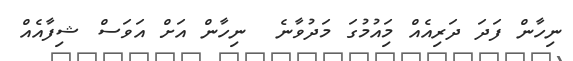
ނިހާން ފަދަ ދަރިއެއް މިައުމުގަަ މަދުވާނެ  ނިހާން އަށް އަވަސް ޝިފާއެއް